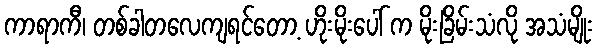
ကာရာကီ၊ တစ်ခါတလေကျရင်တော့ ဟိုးမိုးပေါ် က မိုးခြိမ်းသံလို အသံမျိုး